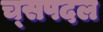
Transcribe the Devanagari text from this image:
च्सपदल